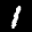
Label: 1